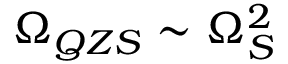
\Omega _ { Q Z S } \sim \Omega _ { S } ^ { 2 }